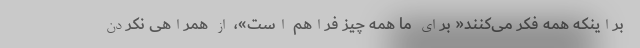
براینکه همه فکر می‌کنند« برای ما همه چیز فراهم است»، از همراهی نکردن